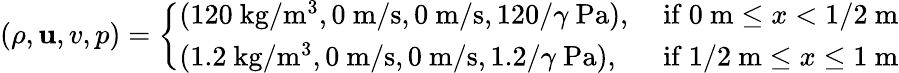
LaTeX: (\rho,\mathbf{u},v,p)=\left\{ \begin{array}{ll}{(120\mathrm{~kg}/\mathrm{m}^{3},0\mathrm{~m}/\mathrm{s},0\mathrm{~m}/\mathrm{s},120/\gamma\mathrm{~Pa}),}&{\mathrm{~if~}0\mathrm{~m}\leq x<1/2\mathrm{~m}}\\ {(1.2\mathrm{~kg}/\mathrm{m}^{3},0\mathrm{~m}/\mathrm{s},0\mathrm{~m}/\mathrm{s},1.2/\gamma\mathrm{~Pa}),}&{\mathrm{~if~}1/2\mathrm{~m}\leq x\leq 1\mathrm{~m}}\end{array}\right.